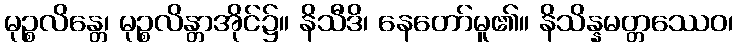
မုဉ္စလိန္တေ၊ မုဉ္စလိန္တာအိုင်၌။ နိသီဒိ၊ နေတော်မူ၏။ နိသိန္နမတ္တဿေဝ၊